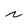
Character: N